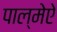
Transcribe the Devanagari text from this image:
पाल्मेऐ